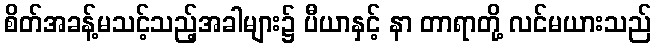
စိတ်အခန့်မသင့်သည့်အခါများ၌ ပီယာနှင့် နာ တာရာတို့ လင်မယားသည်